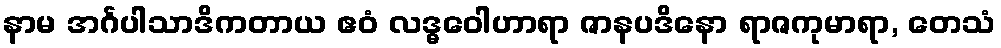
နာမ အင်္ဂပါသာဒိကတာယ ဧဝံ လဒ္ဓဝေါဟာရာ ဇာနပဒိနော ရာဇကုမာရာ, တေသံ